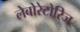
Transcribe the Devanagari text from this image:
लेबोरेटोरिज